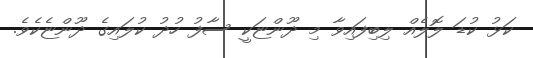
ކަޅު ކުޑަ ލޮލެއް ލިބިފައިވާ މި ދޫންޏަކީ ސާފު ހުދު ކުލައިގެ ދޫންޏެކެވެ.